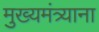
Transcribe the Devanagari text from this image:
मुख्यमंत्र्याना